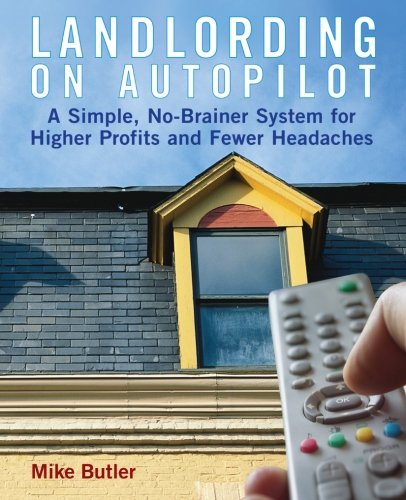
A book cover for Landlording on Auto-Pilot: A Simple, No-Brainer System for Higher Profits and Fewer Headaches; Mike Butler; Business & Money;